Cholera in India, 1862 to 1881
Year: 1862
Disease focus: Cholera
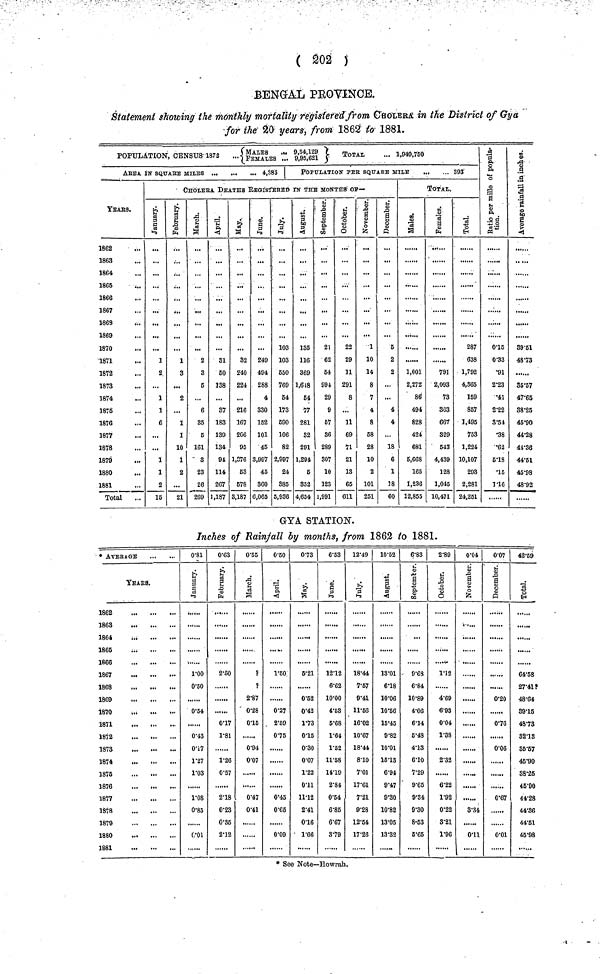
( 202 )
BENGALPROVINCE.
Statement showing the monthly mortality registered from CHOLERA. in the District of Gya
for the 20 years, from 1862 to 1881.
POPULATION, CENSUS 1872 ...{MALES... FEMALES...9,54,129 ,9,95,621 } TOTAL... 1,949,750
AReA IN SQUARE MILES
4,385
YEARS.
1862
1863
1864
1865
1866
1867
1863
1869
1870
1871
1872
1873
1874
1875
1876
1877
1878
1879
1880
1881
Total
POPULATION PER. SQUARE MILE
...
... 393
CHOLERA DEATHS REGISRTERED IN THE MONTHS OF—
January.
1
2
...
1
1
6
...
...
1
1
2
15
February.
1
3
...
2
...
1
1
10
1
2
...
21
March.
2
3
5
6
85
5
161
8
23
26
269
April.
31
50
138
37
183
139
134,
94
114
267
1,187
May.
32
240
224
...
216
167
206
95
1,376
53
678
3,187
June.
249
494
288
4
330
152
101
45
3,997
45
360
6,065
July.
103
103
550
769
54
173
590
106
82
2,997
24
885
5,936
August.
135
116
369
1,618
54
77
281
32
291
1,294
5
352
4,654
September.
21
62
54
994
29
9
67
86
289
307
10
123
1,991
October.
22
29
11
291
8
11
69
71
21
13
65
611
November.
...
1
10
14
8
7
4
8
58
28
10
2
101
251
December.
5
2
2
...
...
4
4
...
18
6
1
18
60
TOTAL.
Males.
1,001
2,272
86
494
828
424
681
5,668
165
1,236
12,855
Females.
791
2,093
73
363
66T
329
543
4,439
128
1,045
10,471
Total.
287
638
1,792
4,365
159
857
1,495
753
1,224
10,107
293
2,281
24,251
Ratio per mill
of population
0.15
0.33
•91
2.23
•41
2.22
3.51
•38
•62
6.18
•15
1.16
Average rainfall
in inches.
39.51
48.73
......
35.57
47.65
38.25
45.90
44.28
44.36
44.51
45.98
48.92
GYA. STATION.
Inches of Rainfall by months, from 1862 to 1881.
* AVERAGE
YEArS.
1862
1863
1864
...
1865
;
1866
1867
1868
1869
1870
1871
1872
1873
1874
1875
1876
1877
1878
1879
1880
1881
0.81
January.
1.00
0.30
0.54
0.43
0.17
1.27
1.03
1.08
0.85
0.01
0.63
February.
2.50
0.17
1.81
1.26
0.57
2.18
0.23
0.85
2.12
0.55
March.
?
?
2.87
0.28
0.15
0.94
0.07
0.47
0.41
0.50
April.
1.60
0.27
2.59
0.75
0.45
0.65
0.09
0.73
May.
5.21
0.52
0.42
1.73
0.15
0.30
0.07
1.22
0.11
11.12
2.41
0.16
1.66
6.53
June.
12.12
6.62
10.00
4.63
6.68
1.64
1.52
11.58
14.19
2.84
0.64
6.85
6.67
8.79
12.49
July.
18.44
7.57
9.41
11.56
16.02
10.67
18.44
8.10
7.01
17.61
7.21
9.28
12.54
17.26
10.52
August.
18.01
6.18
10.06
10.56
15.45
9.82
10.01
16.13
6.94
9.47
9.0
10.82
13.05
13.32
6.83
September.
9.68
6.84
10.89
4.06
6.14
6.48
4.13
0.10
7.29
9.65
9.84
9.30
8.53
5.65
2.89
October.
1.12
4.69
6.93
0.04
1.38
2.32
6.22
1.92
0.22
3.21
1.96
0.04
November.
8.84
0.11
0.07
December.
0..20
0.76
0.06
0.67
42.69
Total.
64.58
27.41?
48.64
89.15
48.73
32.13
85.57
45.90
88.25
45.90
44.28
44.36
44.61
45.98
* See Note—Howrah.